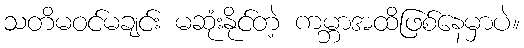
သတိမဝင်မချင်း မဆုံးနိုင်တဲ့ ကမ္ဘာအထိဖြစ်နေမှာပဲ။